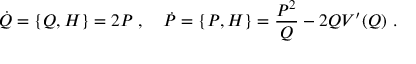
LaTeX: \dot { Q } = \{ Q , H \} = 2 P \ , \ \ \ \dot { P } = \{ P , H \} = \frac { P ^ { 2 } } { Q } - 2 Q V ^ { \prime } ( Q ) \ .